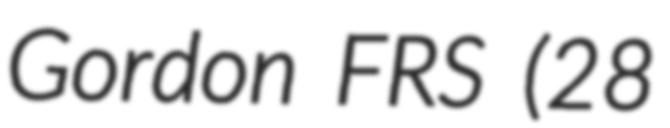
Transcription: Gordon FRS (28